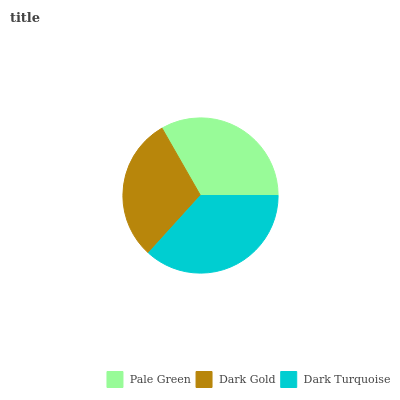
| Pale Green | Dark Gold | Dark Turquoise |
 | --- | --- | --- |
 | 33.2% | 30% | 36.7% |